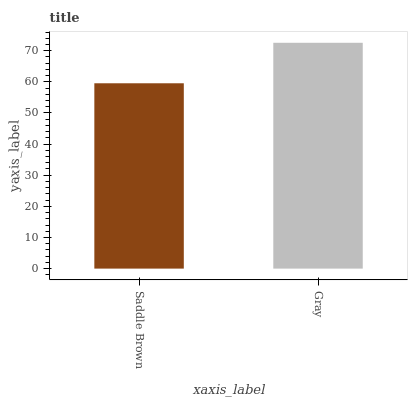
| xaxis_label | bars |
 | --- | --- |
 | Saddle Brown | 59.5 |
 | Gray | 72.5 |